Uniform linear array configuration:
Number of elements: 32
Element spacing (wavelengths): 1
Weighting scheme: exponential
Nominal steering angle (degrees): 0
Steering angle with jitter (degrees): -1.73
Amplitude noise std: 0.05
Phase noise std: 0.05

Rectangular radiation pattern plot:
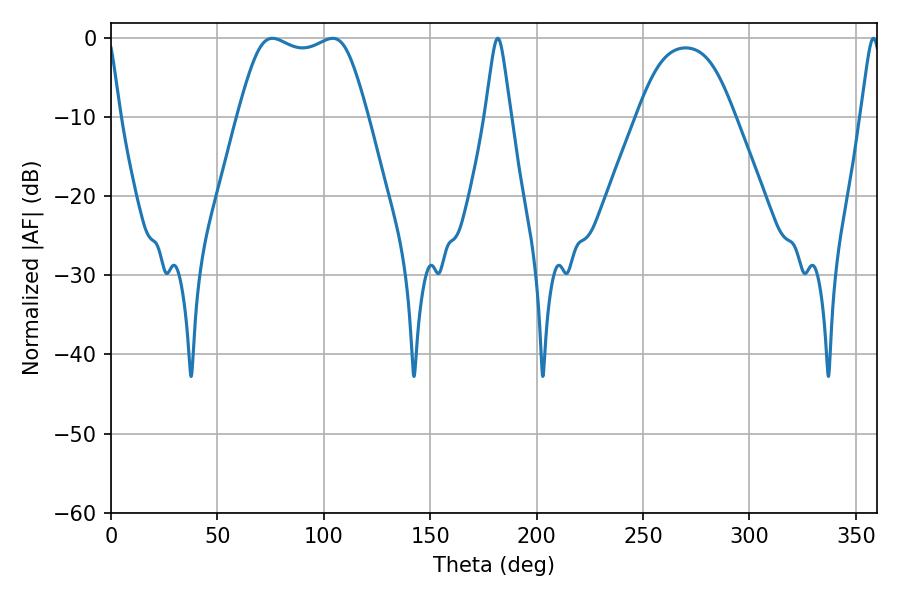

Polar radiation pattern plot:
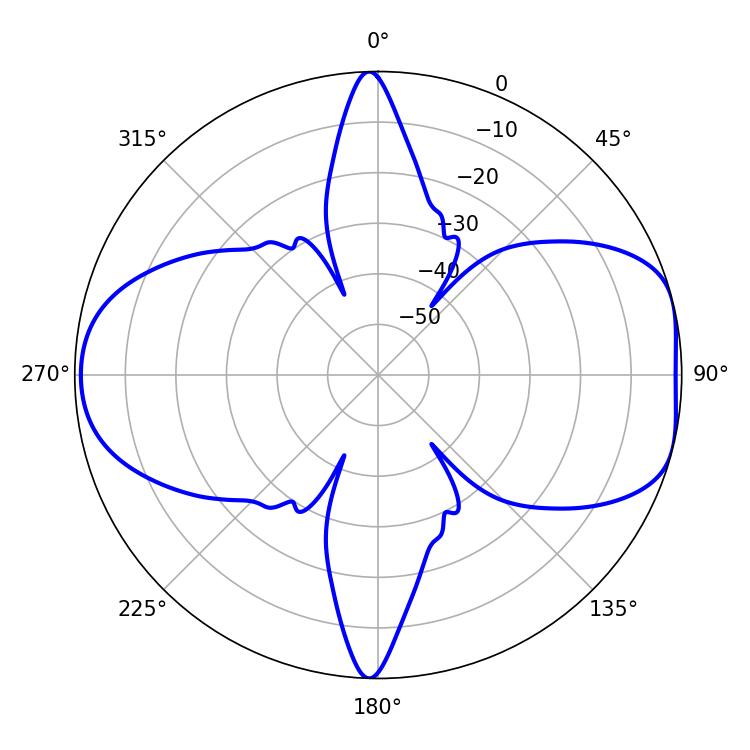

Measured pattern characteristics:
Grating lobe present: TRUE
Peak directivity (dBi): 7.692
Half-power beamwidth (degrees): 46.08
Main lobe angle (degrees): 75.78